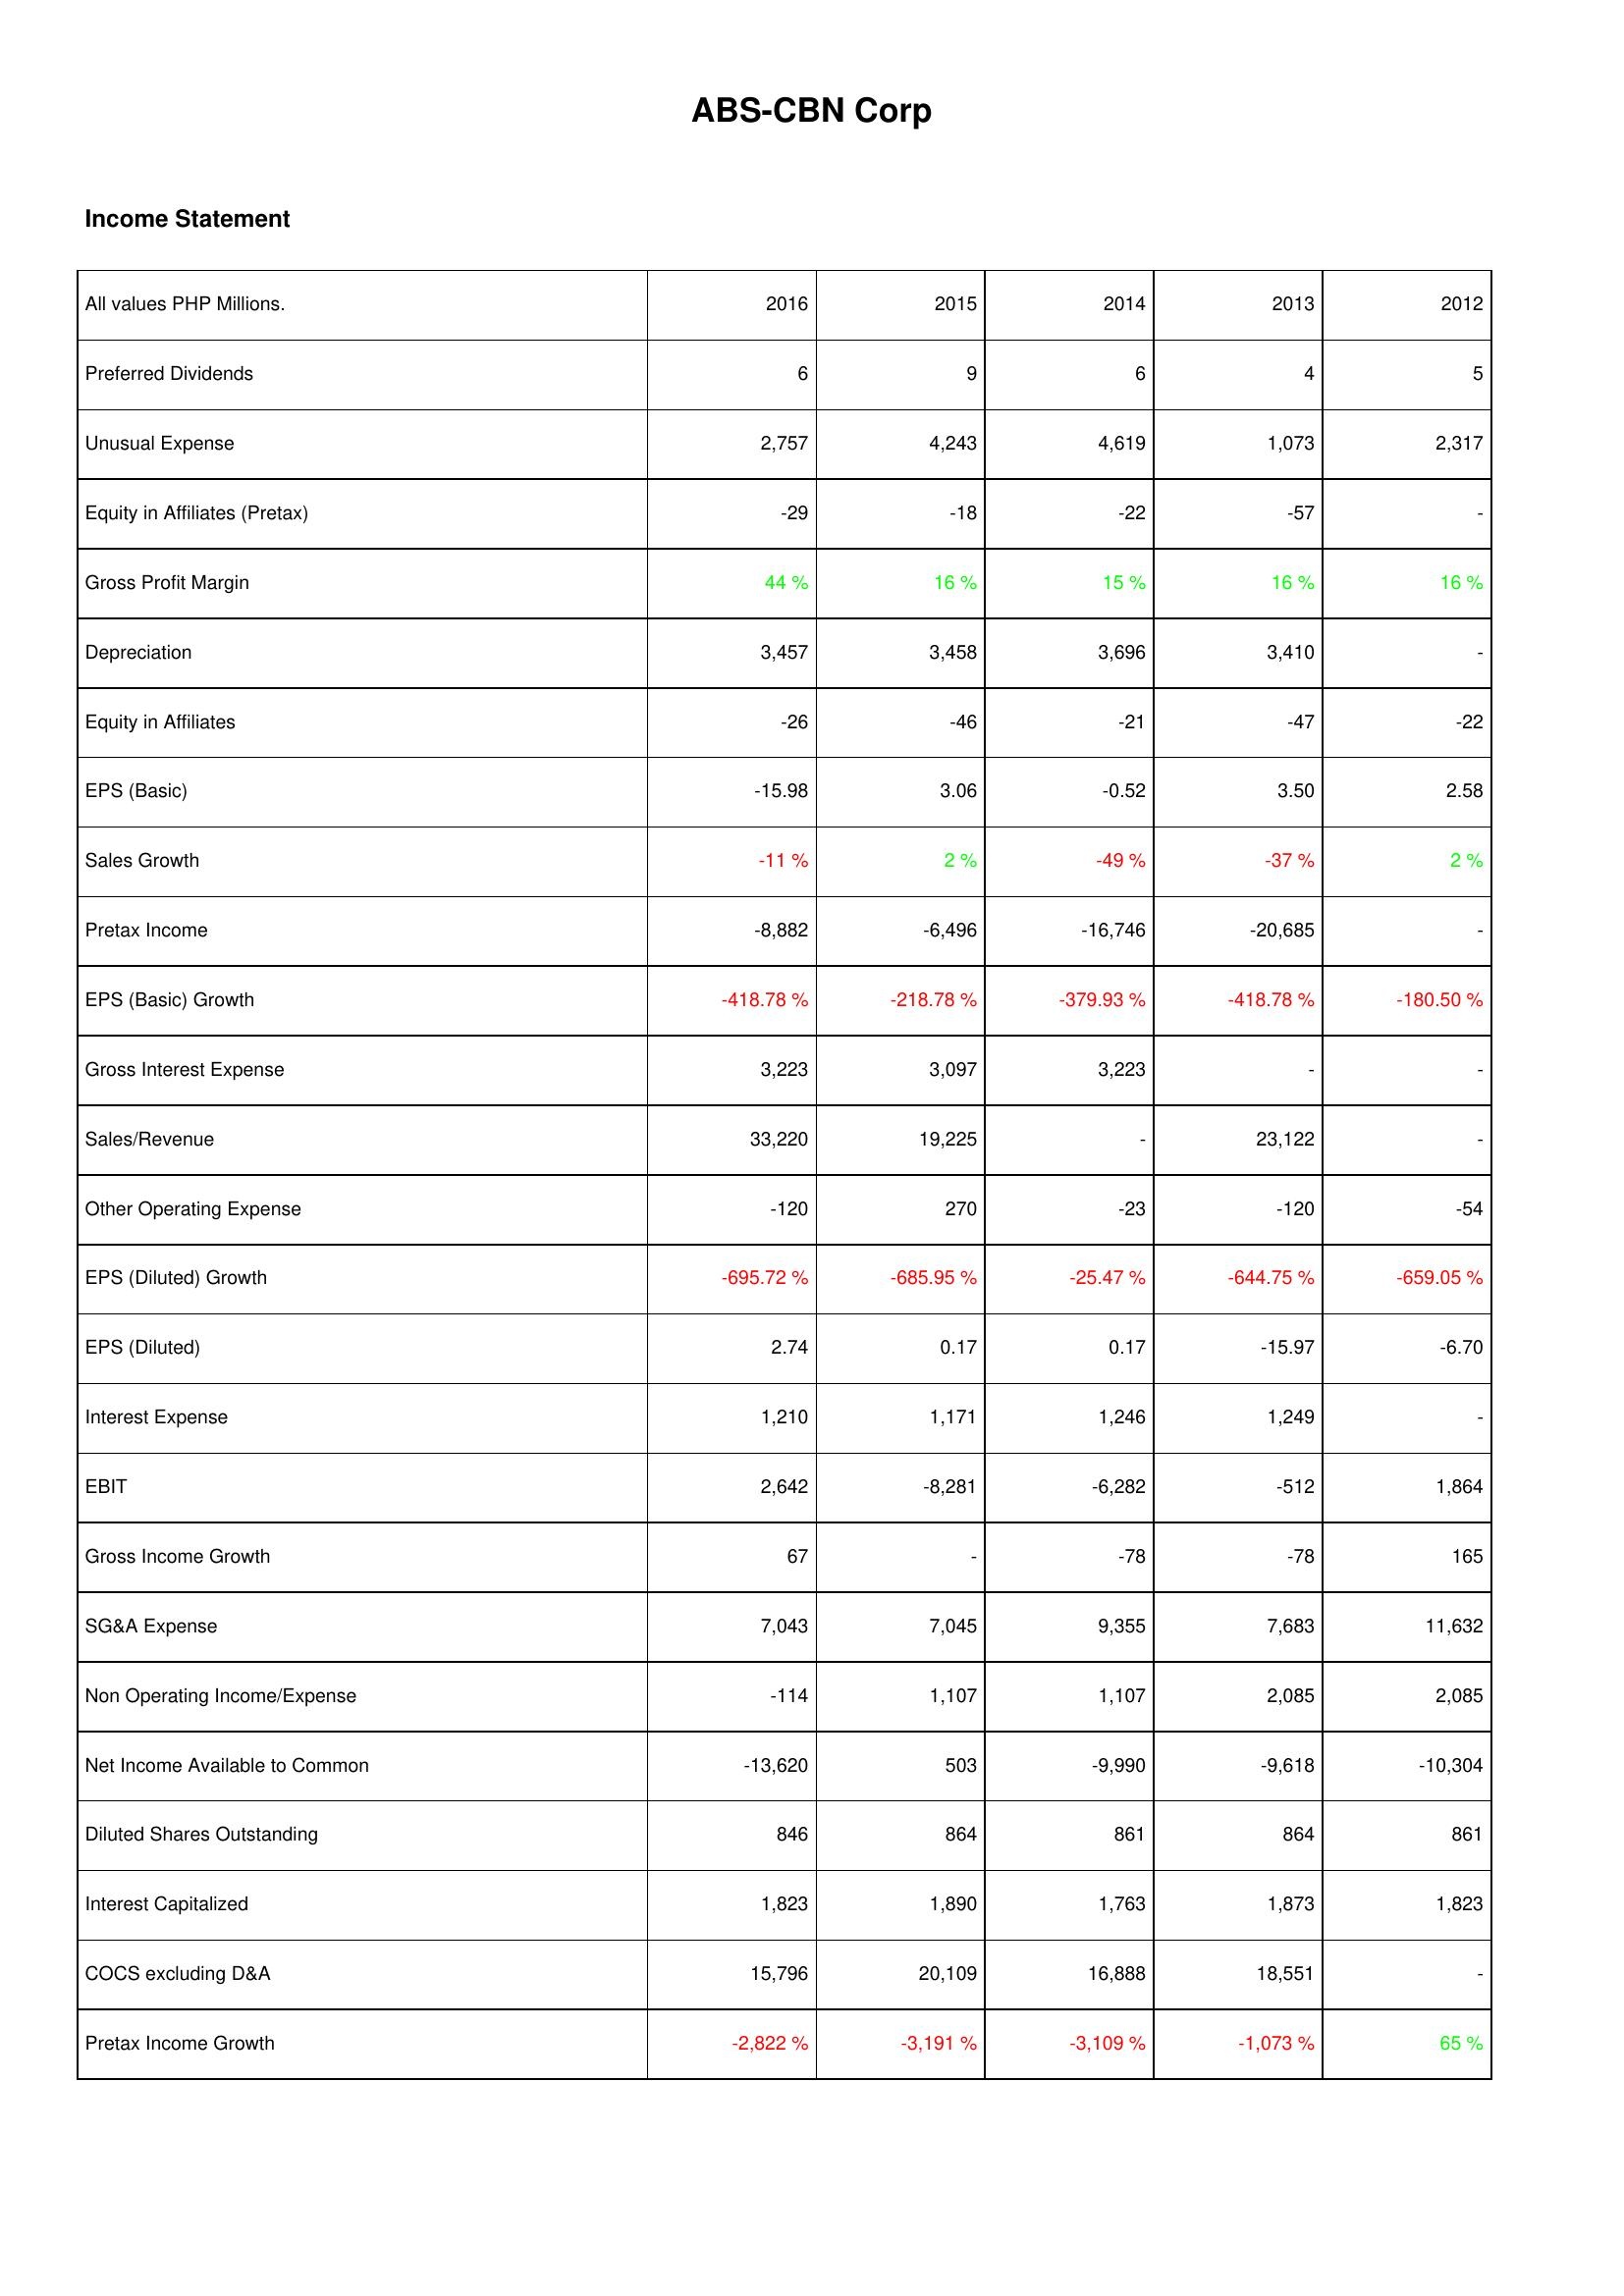
2016: Income Statement: Preferred Dividends: 6
Unusual Expense: 2,757
Equity in Affiliates (Pretax): -29
Gross Profit Margin: 44 %
Depreciation: 3,457
Equity in Affiliates: -26
EPS (Basic): -15.98
Sales Growth: -11 %
Pretax Income: -8,882
EPS (Basic) Growth: -418.78 %
Gross Interest Expense: 3,223
Sales/Revenue: 33,220
Other Operating Expense: -120
EPS (Diluted) Growth: -695.72 %
EPS (Diluted): 2.74
Interest Expense: 1,210
EBIT: 2,642
Gross Income Growth: 67
SG&A Expense: 7,043
Non Operating Income/Expense: -114
Net Income Available to Common: -13,620
Diluted Shares Outstanding: 846
Interest Capitalized: 1,823
COCS excluding D&A: 15,796
Pretax Income Growth: -2,822 %
2015: Income Statement: Preferred Dividends: 9
Unusual Expense: 4,243
Equity in Affiliates (Pretax): -18
Gross Profit Margin: 16 %
Depreciation: 3,458
Equity in Affiliates: -46
EPS (Basic): 3.06
Sales Growth: 2 %
Pretax Income: -6,496
EPS (Basic) Growth: -218.78 %
Gross Interest Expense: 3,097
Sales/Revenue: 19,225
Other Operating Expense: 270
EPS (Diluted) Growth: -685.95 %
EPS (Diluted): 0.17
Interest Expense: 1,171
EBIT: -8,281
Gross Income Growth: -
SG&A Expense: 7,045
Non Operating Income/Expense: 1,107
Net Income Available to Common: 503
Diluted Shares Outstanding: 864
Interest Capitalized: 1,890
COCS excluding D&A: 20,109
Pretax Income Growth: -3,191 %
2014: Income Statement: Preferred Dividends: 6
Unusual Expense: 4,619
Equity in Affiliates (Pretax): -22
Gross Profit Margin: 15 %
Depreciation: 3,696
Equity in Affiliates: -21
EPS (Basic): -0.52
Sales Growth: -49 %
Pretax Income: -16,746
EPS (Basic) Growth: -379.93 %
Gross Interest Expense: 3,223
Sales/Revenue: -
Other Operating Expense: -23
EPS (Diluted) Growth: -25.47 %
EPS (Diluted): 0.17
Interest Expense: 1,246
EBIT: -6,282
Gross Income Growth: -78
SG&A Expense: 9,355
Non Operating Income/Expense: 1,107
Net Income Available to Common: -9,990
Diluted Shares Outstanding: 861
Interest Capitalized: 1,763
COCS excluding D&A: 16,888
Pretax Income Growth: -3,109 %
2013: Income Statement: Preferred Dividends: 4
Unusual Expense: 1,073
Equity in Affiliates (Pretax): -57
Gross Profit Margin: 16 %
Depreciation: 3,410
Equity in Affiliates: -47
EPS (Basic): 3.50
Sales Growth: -37 %
Pretax Income: -20,685
EPS (Basic) Growth: -418.78 %
Gross Interest Expense: -
Sales/Revenue: 23,122
Other Operating Expense: -120
EPS (Diluted) Growth: -644.75 %
EPS (Diluted): -15.97
Interest Expense: 1,249
EBIT: -512
Gross Income Growth: -78
SG&A Expense: 7,683
Non Operating Income/Expense: 2,085
Net Income Available to Common: -9,618
Diluted Shares Outstanding: 864
Interest Capitalized: 1,873
COCS excluding D&A: 18,551
Pretax Income Growth: -1,073 %
2012: Income Statement: Preferred Dividends: 5
Unusual Expense: 2,317
Equity in Affiliates (Pretax): -
Gross Profit Margin: 16 %
Depreciation: -
Equity in Affiliates: -22
EPS (Basic): 2.58
Sales Growth: 2 %
Pretax Income: -
EPS (Basic) Growth: -180.50 %
Gross Interest Expense: -
Sales/Revenue: -
Other Operating Expense: -54
EPS (Diluted) Growth: -659.05 %
EPS (Diluted): -6.70
Interest Expense: -
EBIT: 1,864
Gross Income Growth: 165
SG&A Expense: 11,632
Non Operating Income/Expense: 2,085
Net Income Available to Common: -10,304
Diluted Shares Outstanding: 861
Interest Capitalized: 1,823
COCS excluding D&A: -
Pretax Income Growth: 65 %